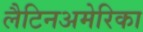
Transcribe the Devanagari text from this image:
लैटिनअमेरिका